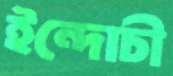
ইন্দোচী